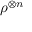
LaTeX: \rho ^ { \otimes n }